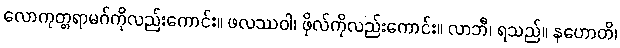
လောကုတ္တရာမဂ်ကိုလည်းကောင်း။ ဖလဿဝါ၊ ဖိုလ်ကိုလည်းကောင်း။ လာဘီ၊ ရသည်။ နဟောတိ၊